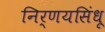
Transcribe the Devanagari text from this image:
निर्णयसिंधू